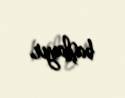
başlayır.